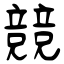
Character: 競